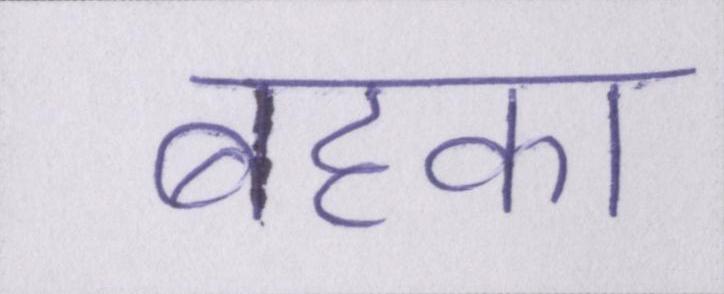
बहका